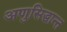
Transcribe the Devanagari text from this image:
अणुसिद्धान्त